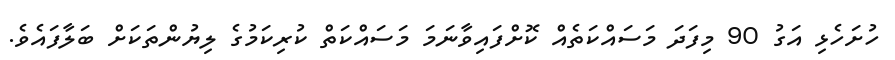
ހުށަހެޅި އަގު 90 މިފަދަ މަސައްކަތެއް ކޮށްފައިވާނަމަ މަސައްކަތް ކުރިކަމުގެ ލިޔުންތަކަށް ބަލާފައެވެ.